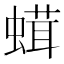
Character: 𧎣